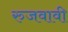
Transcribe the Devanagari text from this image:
रुजवावी